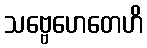
သဗ္ဗေဟေတေဟိ